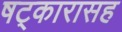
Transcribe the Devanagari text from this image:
षट्‍कारासह